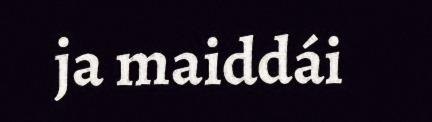
ja maiddái